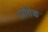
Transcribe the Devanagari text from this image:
प्रातिक